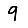
Digit: 9